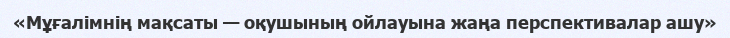
«Мұғалімнің мақсаты — оқушының ойлауына жаңа перспективалар ашу»